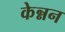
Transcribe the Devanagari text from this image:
केन्नन